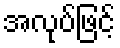
အလုပ်ဖြင့်